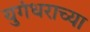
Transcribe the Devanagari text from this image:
युगंधराच्या